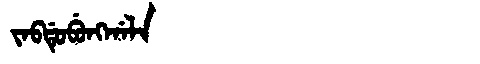
Manchu: ᠵᠠᠪᡩᡠᠪᡠᠩᡤᠠᠯᠠ
Romanization: JABDUBUNGGALA